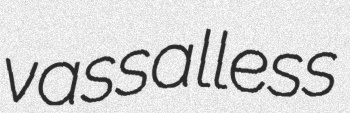
vassalless